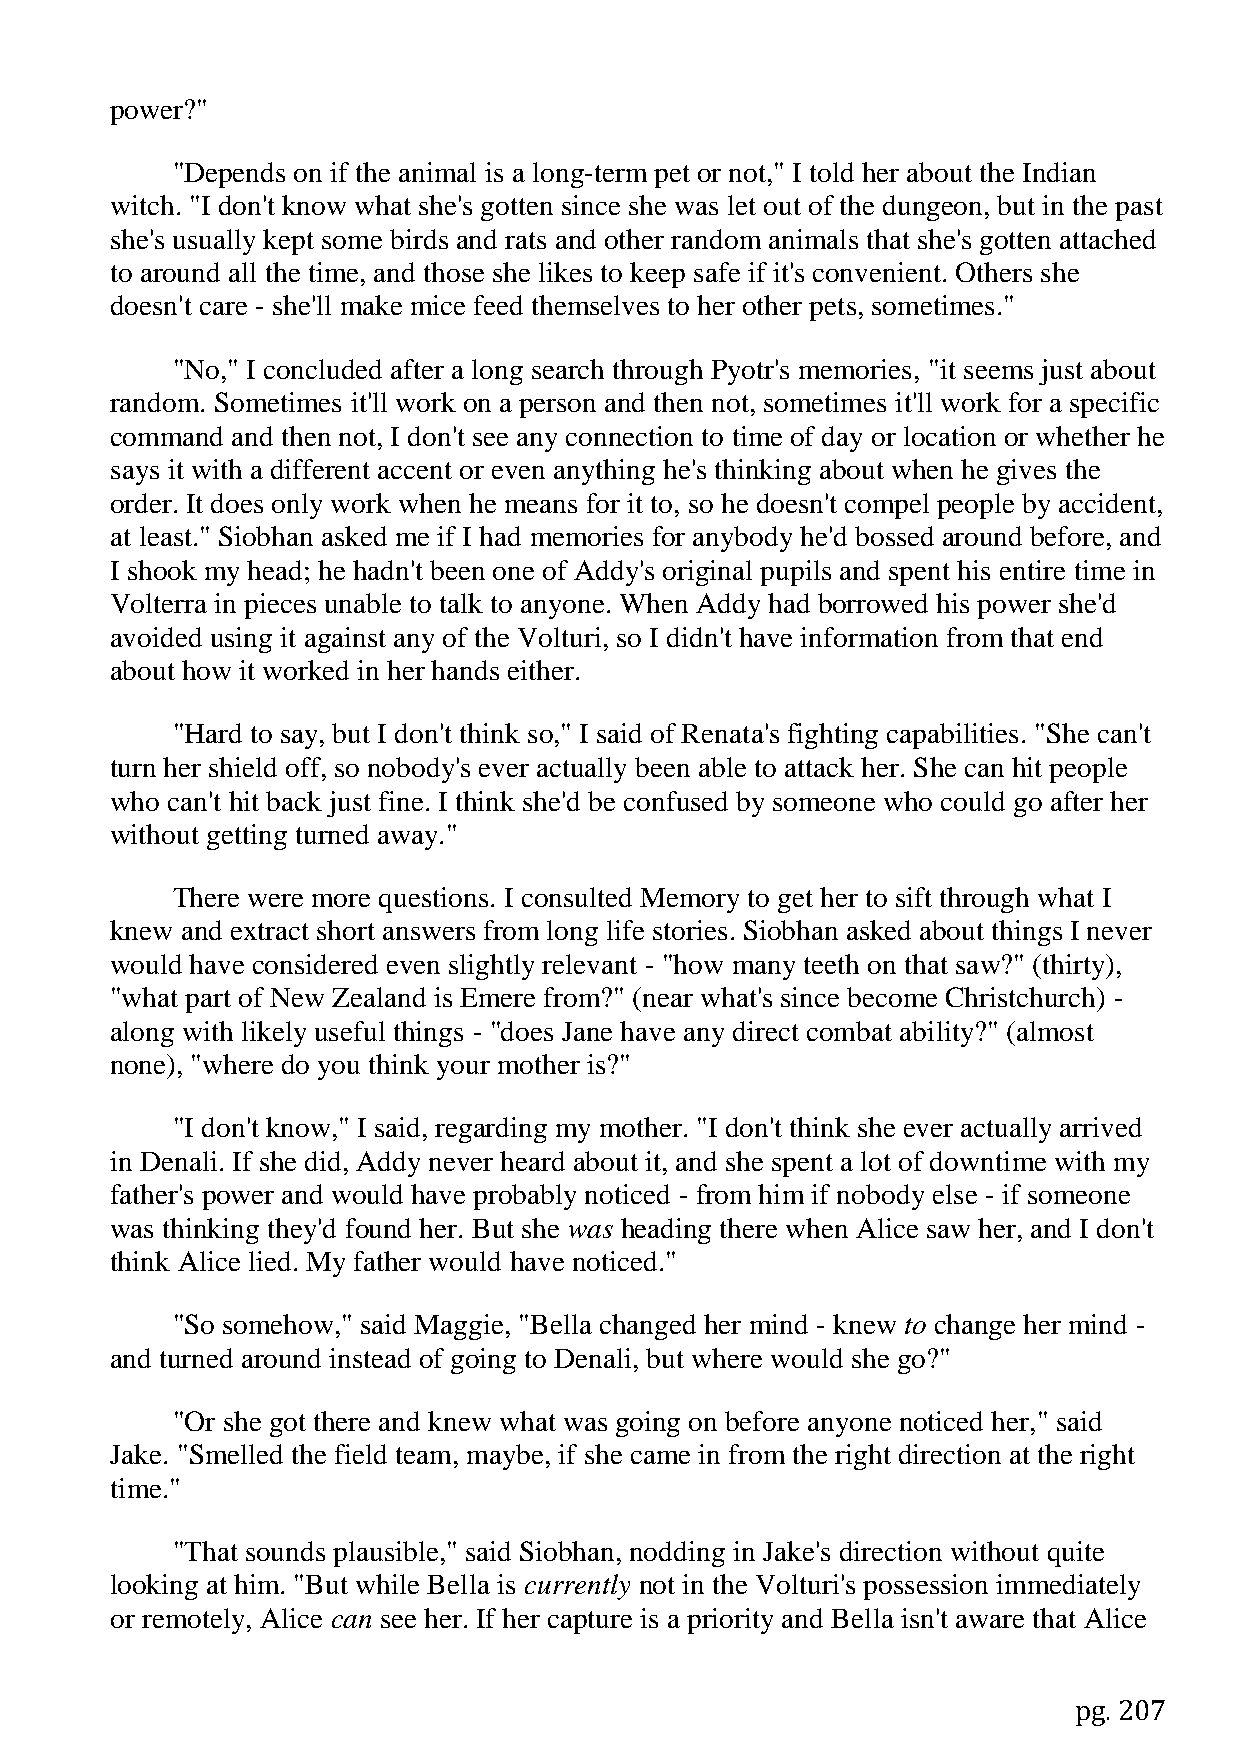
power?"
 "Depends on if the animal is a long-term pet or not," I told her about the Indian
 witch. "I don't know what she's gotten since she was let out of the dungeon, but in the past
 she's usually kept some birds and rats and other random animals that she's gotten attached
 to around all the time, and those she likes to keep safe if it's convenient. Others she
 doesn't care - she'll make mice feed themselves to her other pets, sometimes."
 "No," I concluded after a long search through Pyotr's memories, "it seems just about
 random. Sometimes it'll work on a person and then not, sometimes it'll work for a specific
 command and then not, I don't see any connection to time of day or location or whether he
 says it with a different accent or even anything he's thinking about when he gives the
 order. It does only work when he means for it to, so he doesn't compel people by accident,
 at least." Siobhan asked me if I had memories for anybody he'd bossed around before, and
 I shook my head; he hadn't been one of Addy's original pupils and spent his entire time in
 Volterra in pieces unable to talk to anyone. When Addy had borrowed his power she'd
 avoided using it against any of the Volturi, so I didn't have information from that end
 about how it worked in her hands either.
 "Hard to say, but I don't think so," I said of Renata's fighting capabilities. "She can't
 turn her shield off, so nobody's ever actually been able to attack her. She can hit people
 who can't hit back just fine. I think she'd be confused by someone who could go after her
 without getting turned away."
 There were more questions. I consulted Memory to get her to sift through what I
 knew and extract short answers from long life stories. Siobhan asked about things I never
 would have considered even slightly relevant - "how many teeth on that saw?" (thirty),
 "what part of New Zealand is Emere from?" (near what's since become Christchurch) -
 along with likely useful things - "does Jane have any direct combat ability?" (almost
 none), "where do you think your mother is?"
 "I don't know," I said, regarding my mother. "I don't think she ever actually arrived
 in Denali. If she did, Addy never heard about it, and she spent a lot of downtime with my
 father's power and would have probably noticed - from him if nobody else - if someone
 was thinking they'd found her. But she was heading there when Alice saw her, and I don't
 think Alice lied. My father would have noticed."
 "So somehow," said Maggie, "Bella changed her mind - knew to change her mind -
 and turned around instead of going to Denali, but where would she go?"
 "Or she got there and knew what was going on before anyone noticed her," said
 Jake. "Smelled the field team, maybe, if she came in from the right direction at the right
 time."
 "That sounds plausible," said Siobhan, nodding in Jake's direction without quite
 looking at him. "But while Bella is currently not in the Volturi's possession immediately
 or remotely, Alice can see her. If her capture is a priority and Bella isn't aware that Alice
 pg. 207